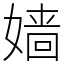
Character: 嫱